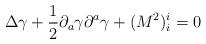
LaTeX: \begin{align*}\Delta \gamma + {\frac{1}{2}}{\partial}_{a}\gamma{\partial}^{a}\gamma + (M^{2})^{i}_{i} = 0\end{align*}